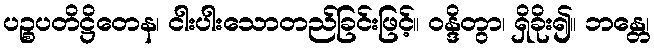
ပဉ္စပတိဋ္ဌိတေန၊ ငါးပါးသောတည်ခြင်းဖြင့်။ ဝန္ဒိတွာ၊ ရှိခိုး၍။ ဘန္တေ၊